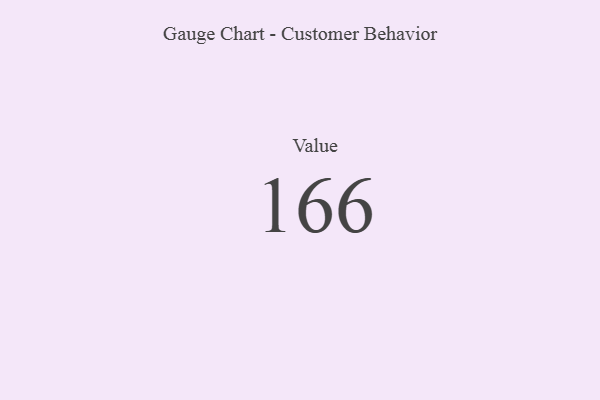
{"axis": {"x": "Metric", "y": "Value"}, "legend": [""], "data": [{"x": "Value", "y": 166, "type": ""}]}